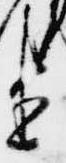
臣